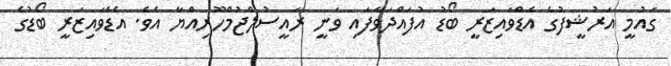
ގައުމީ އަރުޝީފުގެ އެޑްވައިޒަރީ ބޯޑު އުފައްދަވާފައި ވަނީ ރައީސުލްޖުމްހޫރިއްޔާ އެވެ. އެޑްވައިޒަރީ ބޯޑުގެ